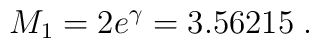
M_1 = 2 e^\gamma = 3.56215 \; .